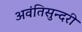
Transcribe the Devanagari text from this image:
अवंतिसुन्दरी